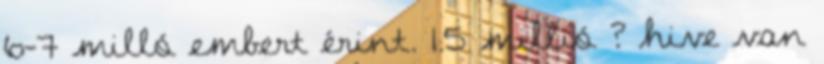
6-7 milló embert érint. 1.5 millió ? hive van